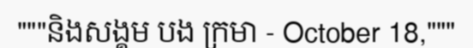
"""និងសង្គម បង ក្រមា - October 18,"""